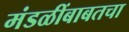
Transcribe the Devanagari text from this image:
मंडळींबाबतचा